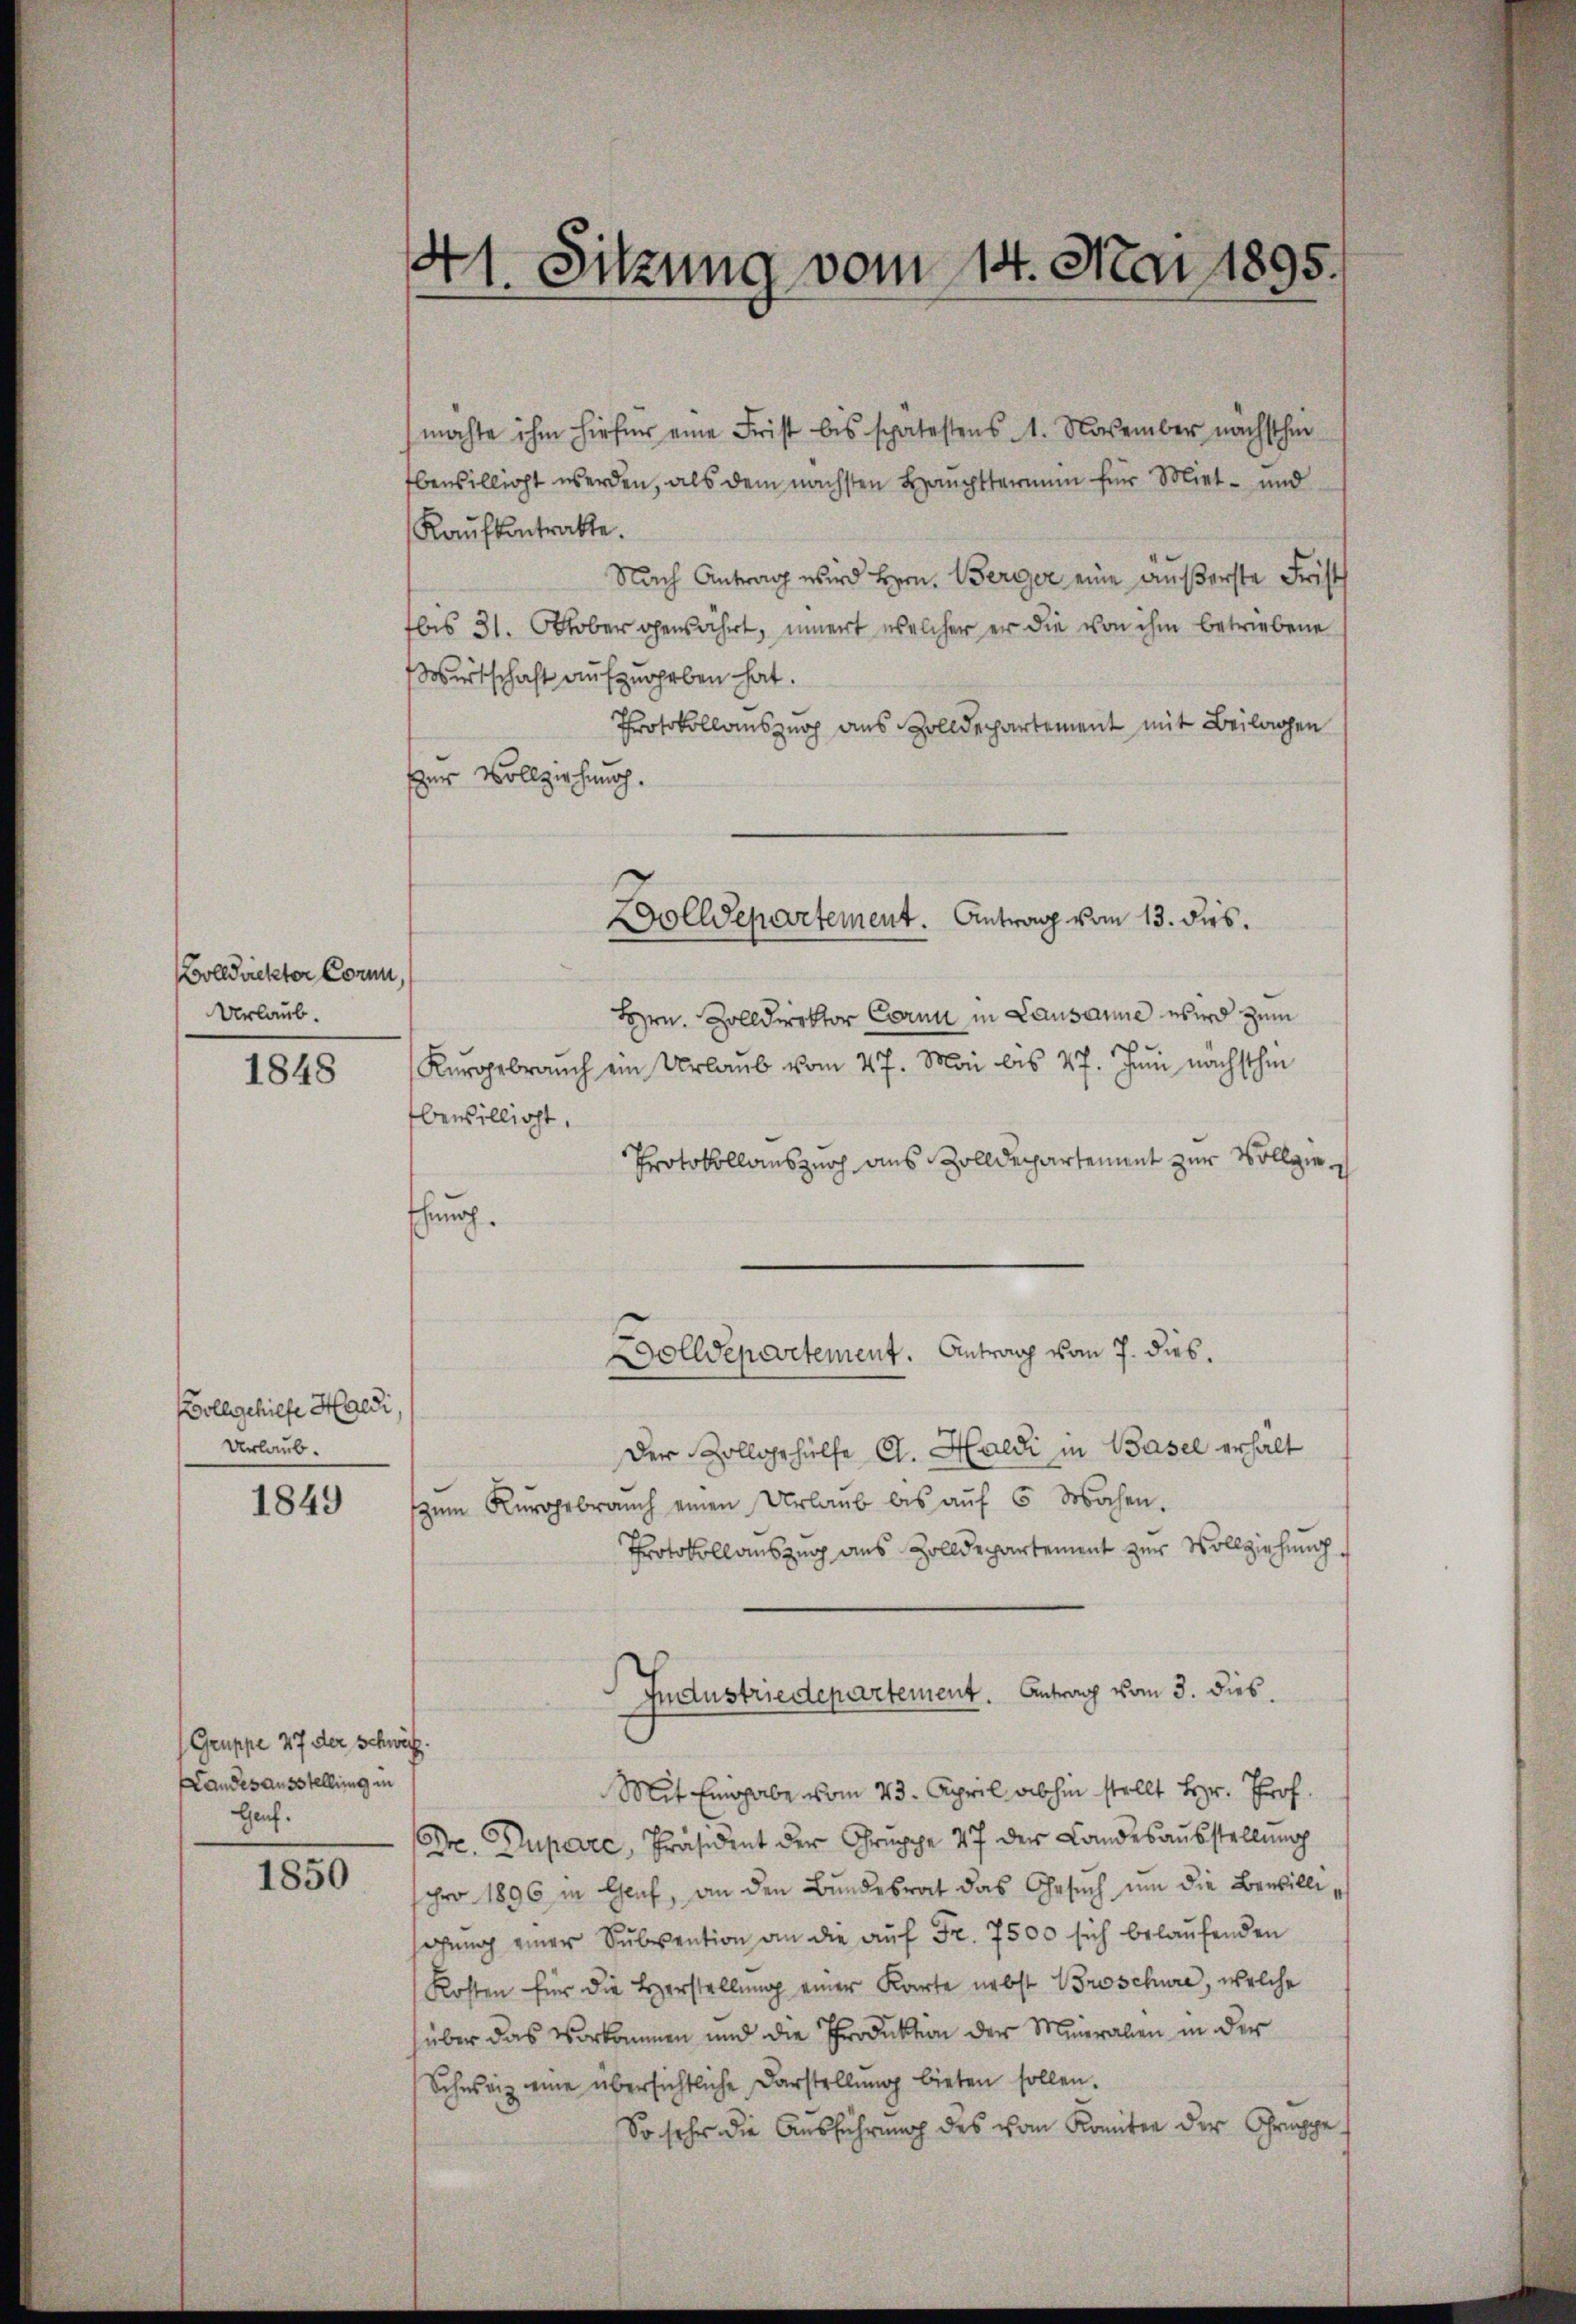
olldickter Corn.
Urlaub.

1848

Wollgehilfe Haldi
Urlaub.

1849

Gruppe 47 der Schwäch
Landesausstellung in
Gauf.

1850

41. Sitzung vom 14. Mai 1895.

machte ihm hiefür eine Frist bis spätestens 1. November nächsthin
bewilligt werden, als dem nächsten Haupttermin für Miet- und
Kaufkontratte.
Nach Antrag wird Hrrn. Berger eine äußerste Frist
bis 31. Oktober gewährt, innert welcher er die von ihm betriebene
Wirtschaft aufzugeben hat.
Protokollauszug aus Zolldepartement mit Beilagen
er Vollziehung.
Hrn. Zolldirektor Corn in Lausanne wird zum
Kurgebrauch ein Urlaub vom 27. Mai bis 17. Juni nächsthin
bewilligt.
Protokollauszurch aus Zolldepartement zur Vollzieschung.
olldepartement. Antrag vom 7. dies
Der Zollgehülfe G. Haldi in Basel erhält
zum Kurggebrauch einen Urlaub bis auf 6 Wochen.
Protokollauszug aus Zolldepartement zur Vollziehung
Industriedepartement. Antrag vom 3. dies.
Mit Eingabe vom 23. April abhin stellt Hr. Prof.
Dre. Dupare, Präsident der Gruppe 47 der Landesausstellung
pro 1896 in Genf, an den Bundesrat das Gesuch um die Bewilligung einer Subvention an die auf Fr. 7500 sich belaufenden
Kosten für die Herstellung einer Karte nebst Broschüre, welche
über das Vorkommen und die Produktion der Meineralien in der
Schweiz eine übersichtliche Darstellung bieten sollen.
So sehr die Ausführung des vom Komiten der Gruppe

Zolldepartement. Antrag vom 13. dies.